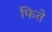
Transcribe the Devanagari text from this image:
फिते